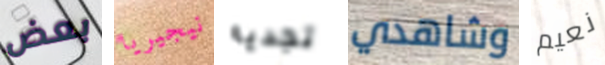
بعض نيجيريا تجديه وشاهدي نعيم